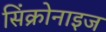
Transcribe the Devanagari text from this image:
सिंक्रोनाइज